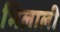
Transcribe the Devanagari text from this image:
भिलाली